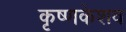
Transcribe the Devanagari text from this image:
कृष्णकेशव